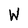
Character: W